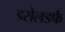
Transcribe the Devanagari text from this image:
डसेलडर्फ